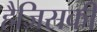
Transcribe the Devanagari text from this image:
हैजिसकी